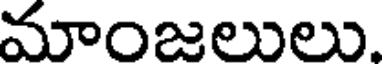
మాంజలులు.